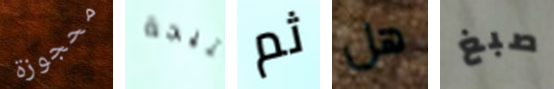
محجوزة نتيجة ثم هل صبغ